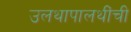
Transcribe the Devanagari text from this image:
उलथापालथींची